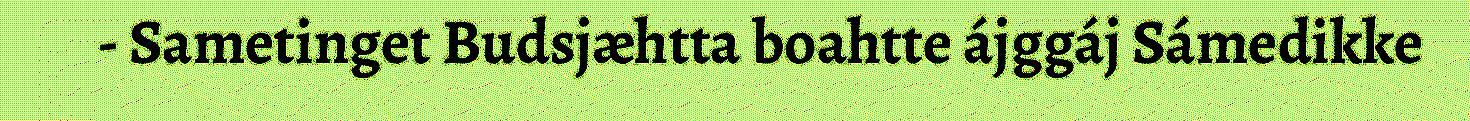
- Sametinget Budsjæhtta boahtte ájggáj Sámedikke